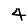
Digit: 4